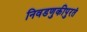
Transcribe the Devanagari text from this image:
निवडणुकीपुरतं